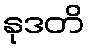
နုဒတိ